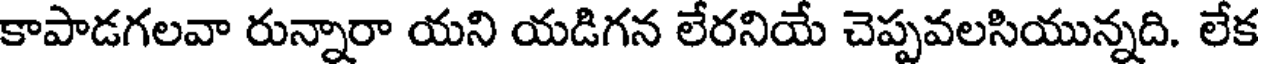
కాపాడగలవా రున్నారా యని యడిగన లేరనియే చెప్పవలసియున్నది. లేక